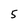
Character: 5